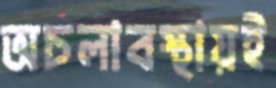
অচলাবস্থায়ই